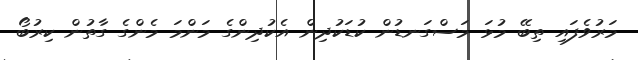
މަރުވެފައި ތިބޭ މުޅަ މަސްގަނޑުން ކުޑަކުދިން އެކުދިންގެ މަންމަ މެންގެ ގާތުން ކިރުބޯ